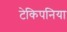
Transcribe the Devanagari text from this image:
टेकिपनिया